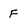
Character: F